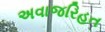
અવાજરિહત